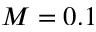
M = 0 . 1